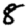
Digit: 8